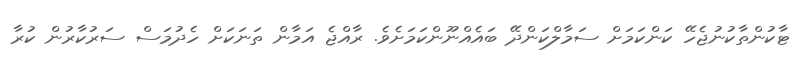
ޓާކުންތާކުނުޖެހޭ ކަންކަމަށް ސަމާލްކަންދޭ ބައެއްނޫންކަމަށެވެ. ރާއްޖެ އަމާން ތަނަކަށް ހެދުމަސް ސަރުކާރުން ކުރާ